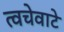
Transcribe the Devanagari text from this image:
त्वचेवाटे